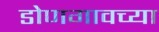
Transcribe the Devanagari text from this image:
डोणगावच्या